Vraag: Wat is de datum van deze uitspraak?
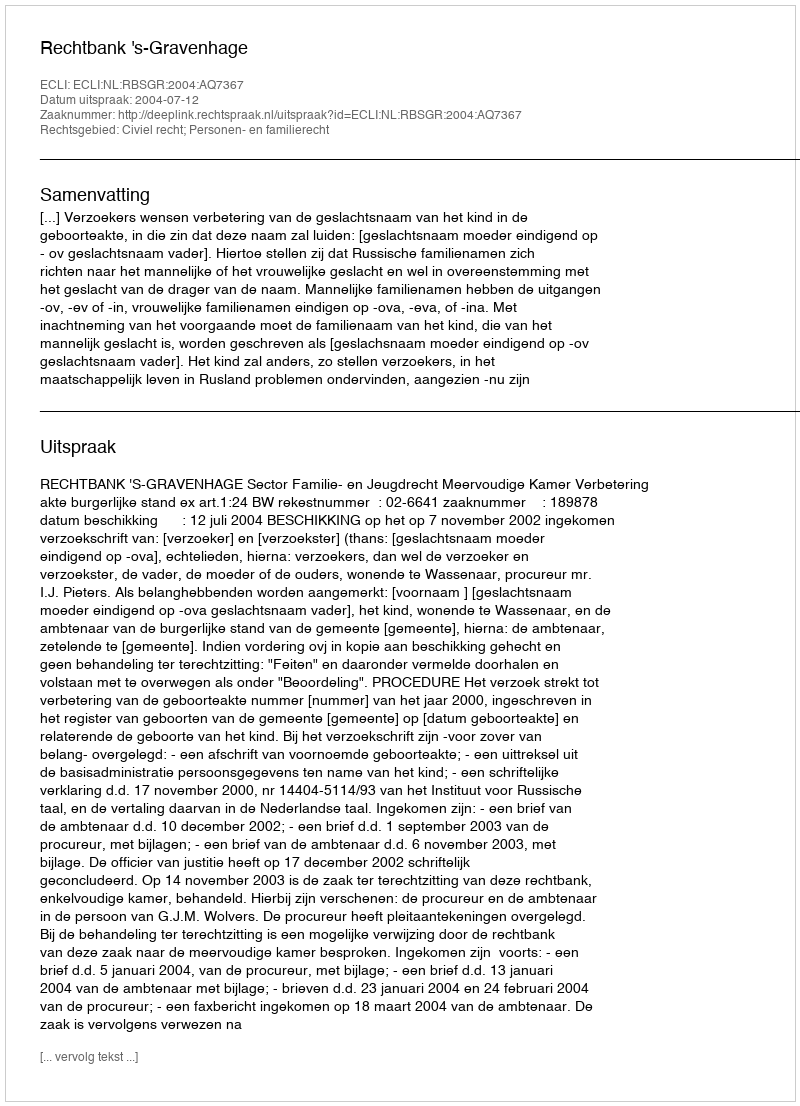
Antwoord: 2004-07-12